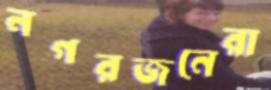
নগরজনেরা